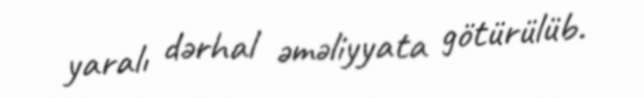
yaralı dərhal əməliyyata götürülüb.